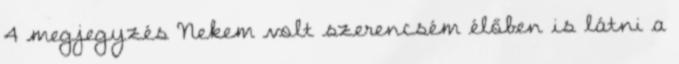
4 megjegyzés Nekem volt szerencsém élőben is látni a